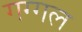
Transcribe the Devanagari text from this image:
गग्‍गल